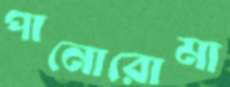
পানোরোমা